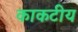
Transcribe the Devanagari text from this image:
काकटीय